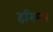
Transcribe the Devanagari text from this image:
हरिम।